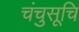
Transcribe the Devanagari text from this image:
चंचुसूचि